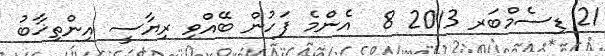
21 ޑިސެމްބަރ 2013 8  އެންމެ ފަހުން ބޭއްވި ރިޔާސީ އިންތިޚާބު